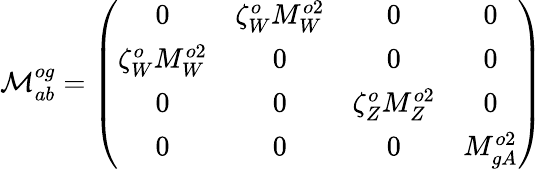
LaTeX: {\cal M}_{ab}^{og}=\left(\begin{array}{cccc}{{0}}&{{\zeta_{W}^{o}M_{W}^{o2}}}&{{0}}&{{0}}\\ {{\zeta_{W}^{o}M_{W}^{o2}}}&{{0}}&{{0}}&{{0}}\\ {{0}}&{{0}}&{{\zeta_{Z}^{o}M_{Z}^{o2}}}&{{0}}\\ {{0}}&{{0}}&{{0}}&{{M_{gA}^{o2}}}\end{array}\right)